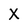
Character: X